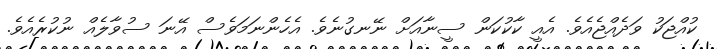
ކުއްޖަކު ވަދެއްޖެއެވެ. އެއީ ކާކުކަން ސީނާއަށް ނޭނގުނެވެ. އެހެންނަމަވެސް އޭނަ ސުވާލެއް ނުކުރެއެވެ.